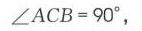
$\angle ACB = 90^{\circ}$